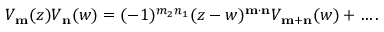
V _ { \bf m } ( z ) V _ { \bf n } ( w ) = ( - 1 ) ^ { m _ { 2 } n _ { 1 } } ( z - w ) ^ { \bf m \cdot n } V _ { \bf m + n } ( w ) + \ldots .